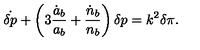
\dot { \delta p } + \left( 3 { \frac { \dot { a } _ { b } } { a _ { b } } } + { \frac { \dot { n } _ { b } } { n _ { b } } } \right) \delta p = k ^ { 2 } \delta \pi .